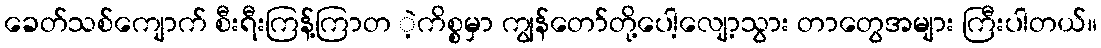
ခေတ်သစ်ကျောက် စီးရီးကြန့်ကြာတ ဲ့ကိစ္စမှာ ကျွန်တော်တို့ပေါ့လျော့သွား တာတွေအများ ကြီးပါတယ်။